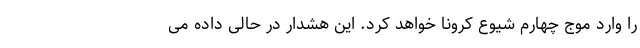
را وارد موج چهارم شیوع کرونا خواهد کرد. این هشدار در حالی داده می